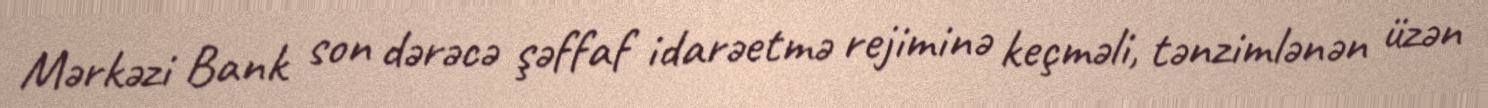
Mərkəzi Bank son dərəcə şəffaf idarəetmə rejiminə keçməli, tənzimlənən üzən